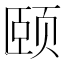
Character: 颐